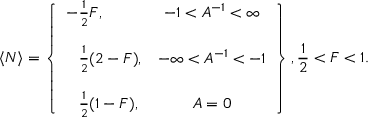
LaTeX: \langle N \rangle = \left\{ \begin{array} { l c } { { - \frac { 1 } { 2 } F , } } & { { - 1 < A ^ { - 1 } < \infty } } \\ { { } } & { { } } \\ { { \hphantom { - } \frac { 1 } { 2 } ( 2 - F ) , } } & { { - \infty < A ^ { - 1 } < - 1 } } \\ { { } } & { { } } \\ { { \hphantom { - } \frac { 1 } { 2 } ( 1 - F ) , } } & { { A = 0 } } \end{array} \right\} , \frac { 1 } { 2 } < F < 1 .